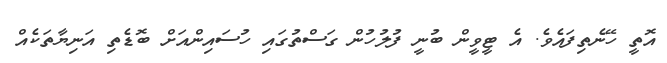
އޮތީ ހޭނެތިފައެވެ. އެ ޓީވީން ބުނީ ފުލުހުން ގަސްތުގައި ހުސައިންއަށް ބޮޑެތި އަނިޔާތަކެއް